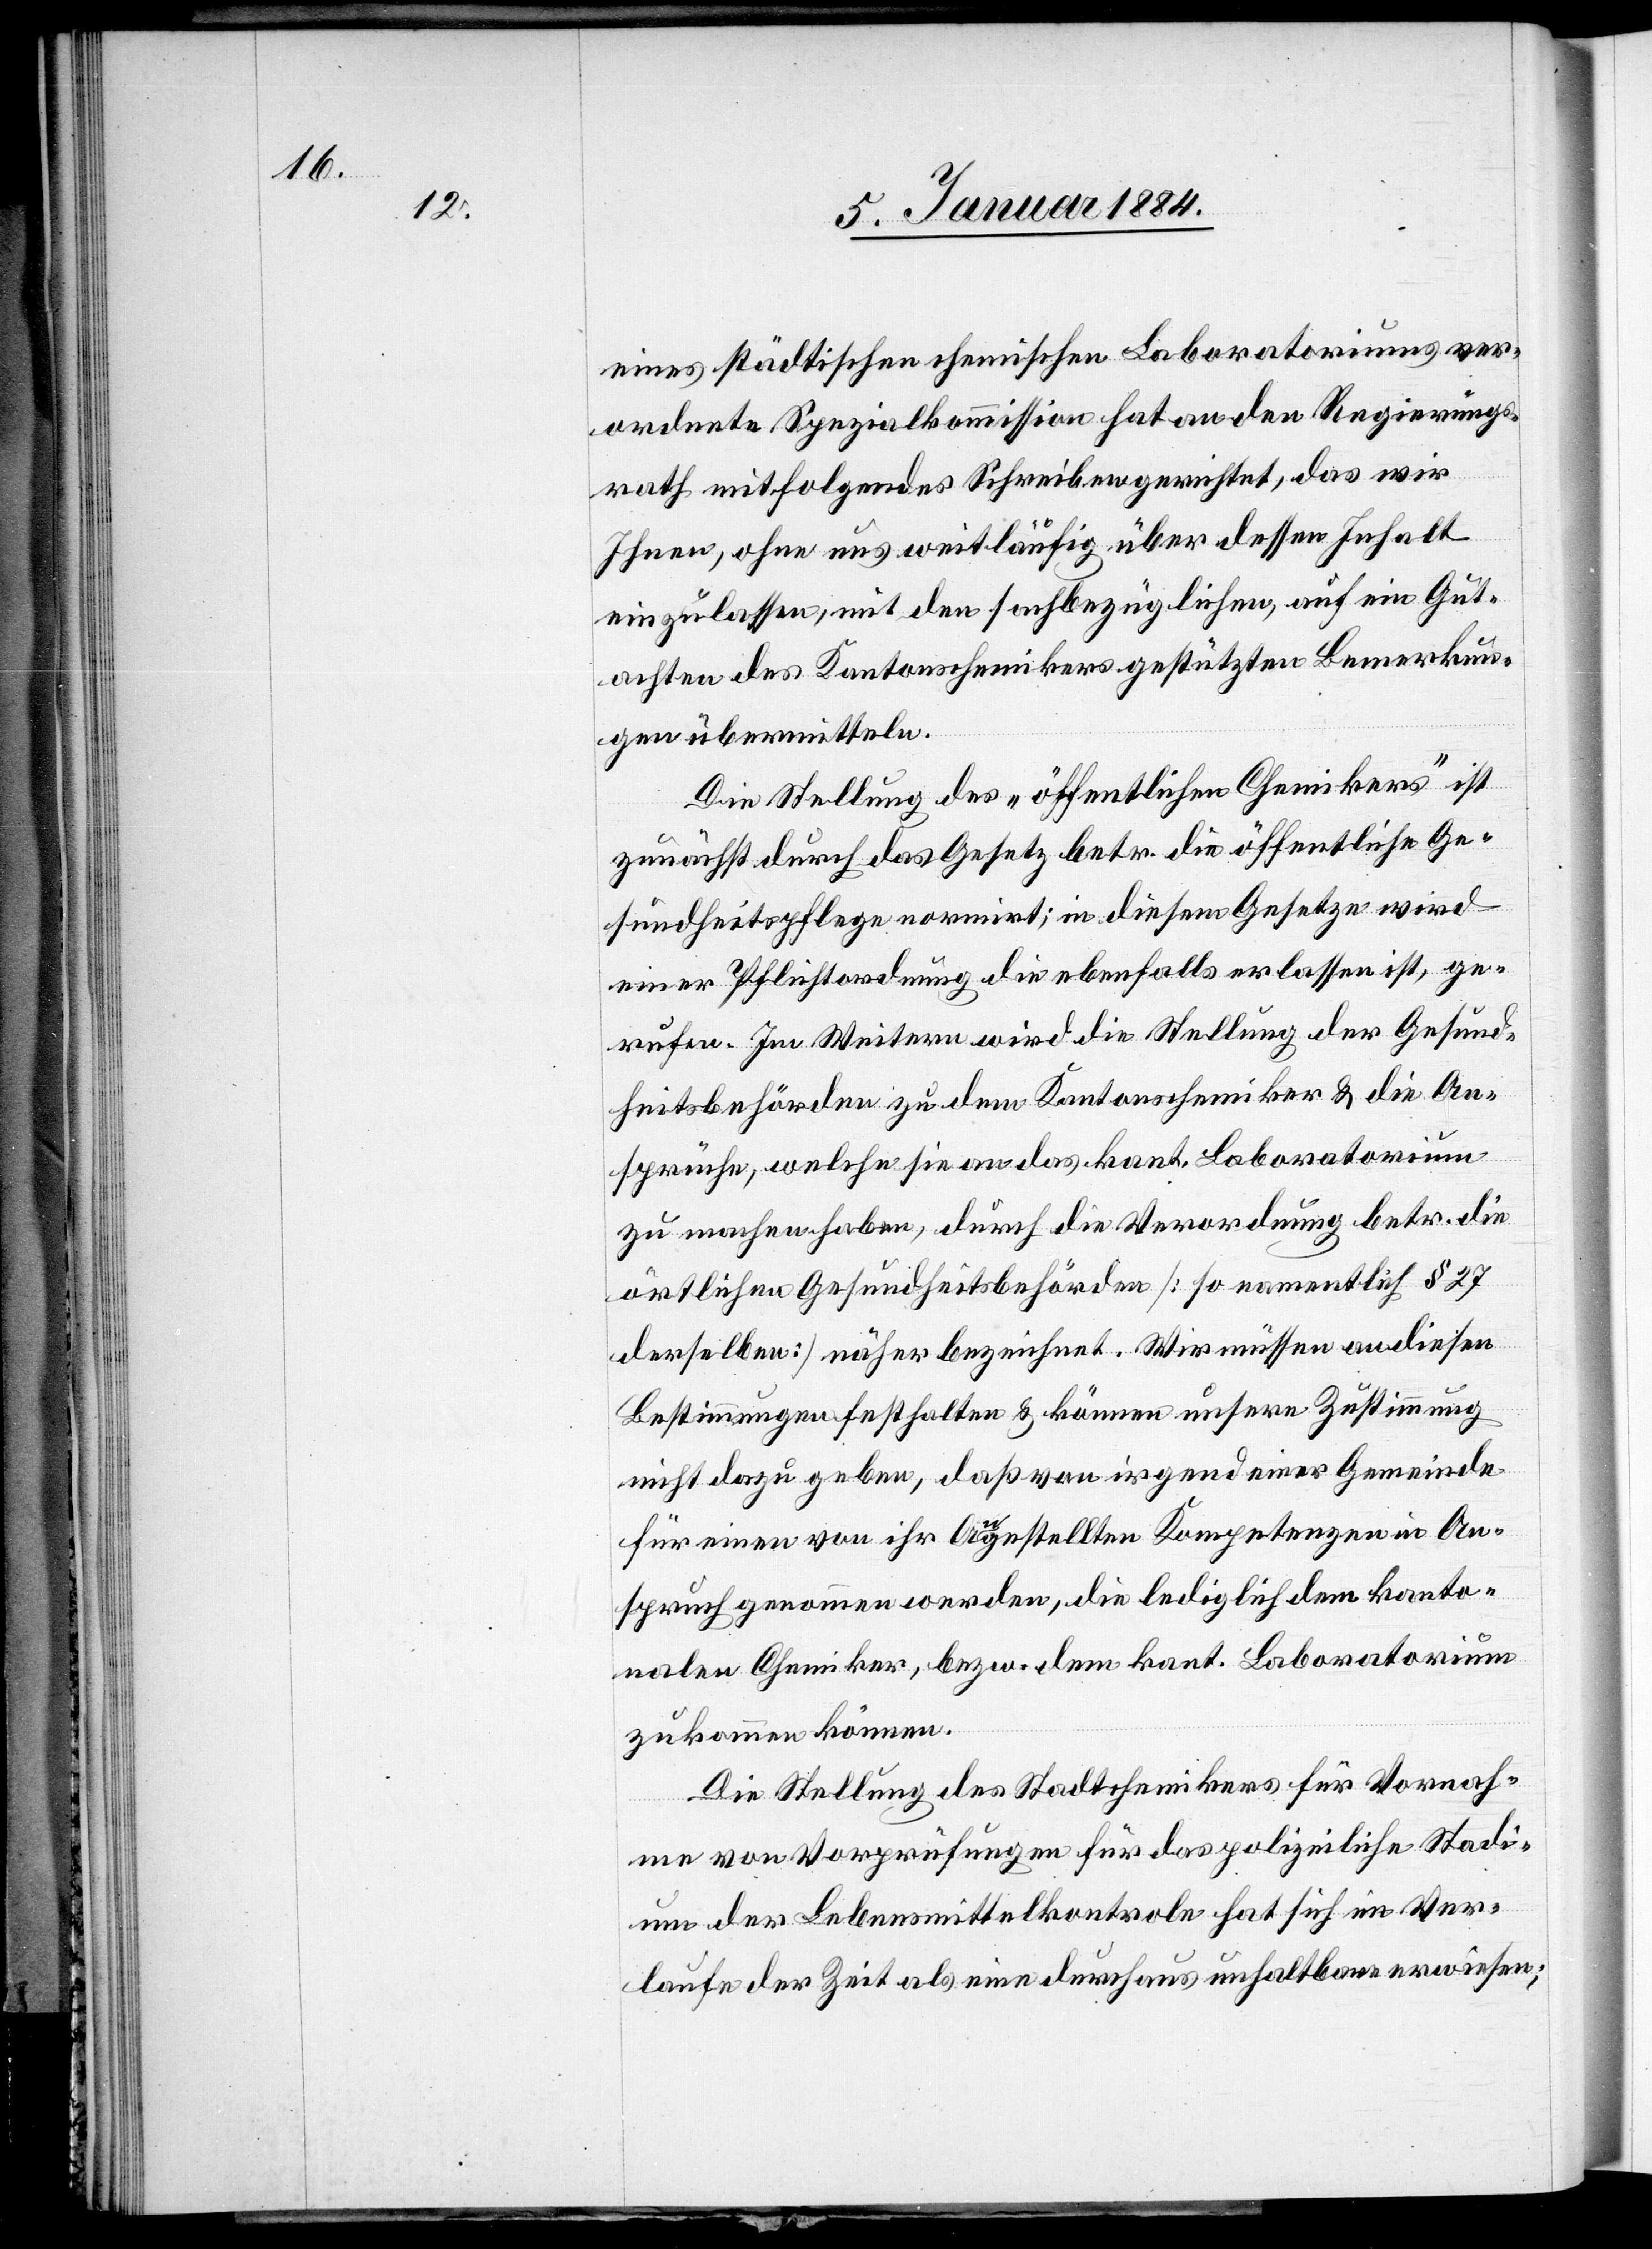
eines städtischen chemischen Laboratoriums ver¬
ordnete Spezialkommission hat an den Regierungs¬
rath mitfolgendes Schreiben gerichtet, das wir
Ihnen, ohne uns weitläufig über dessen Inhalt
auszulassen, mit den sachbezüglichen, auf ein Gut¬
achten des Kantonschemikers gestützten Bemerkun¬
gen übermitteln.
Die Stellung des „öffentlichen Chemikers“ ist
zunächst durch das Gesetz betr. die öffentliche Ge¬
sundheitspflege normirt; in diesem Gesetze wird
einer Pflichtordnung die ebenfalls erlassen ist, ge¬
rufen. Im Weitern wird die Stellung der Gesund¬
heitsbehörden zu dem Kantonschemiker & die An¬
sprüche, welche sie an das kant. Laboratorium
zu machen haben, durch die Verordnung betr. die
örtlichen Gesundheitsbehörden [so namentlich § 27
derselben] näher bezeichnet. Wir müssen an diesen
Bestimmungen halten & können unsere Zustimmung
nicht dazu geben, daß von irgend einer Gemeinde
für einen von ihr Angestellten Kompetenzen in An¬
spruch genommen werden, die lediglich dem kanto¬
nalen Chemiker, bzw. dem kant. Laboratorium
zukommen können.
Die Stellung des Stadtchemikers für Vornah¬
me von Vorprüfungen für das polizeiliche Stadi¬
um der Lebensmittelkontrole hat sich im Ver¬
laufe der Zeit als eine durchaus unhaltbare erwiesen;